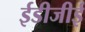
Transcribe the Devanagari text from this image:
ईडीजीई